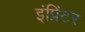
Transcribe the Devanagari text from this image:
इंप्रिंटर